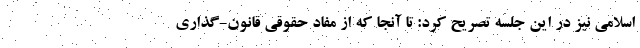
اسلامی نیز در این جلسه تصریح کرد: تا آنجا که از مفاد حقوقی قانون-گذاری